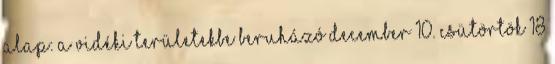
Alap: a vidéki területekbe beruházó DECEMBER 10. csütörtök 18